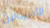
الأدرينالين